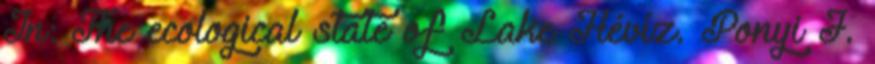
In: The ecological state of Lake Hévíz. Ponyi J.